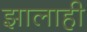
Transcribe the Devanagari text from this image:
झालाही